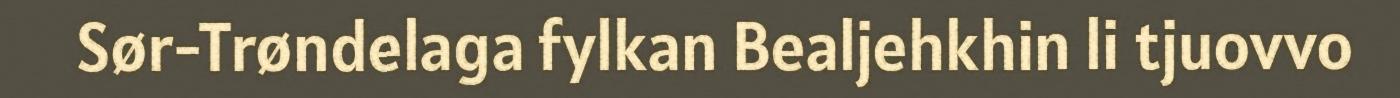
Sør-Trøndelaga fylkan Bealjehkhin li tjuovvo